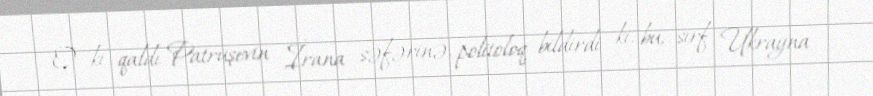
O ki qaldı Patruşevin İrana səfərinə, politoloq bildirdi ki, bu, sırf Ukrayna